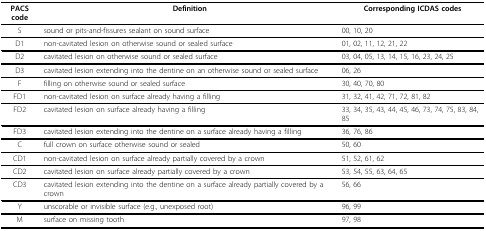
<table><thead><tr><td><b>PACS code</b></td><td><b>Definition</b></td><td><b>Corresponding ICDAS codes</b></td></tr></thead><tbody><tr><td>S</td><td>sound or pits-and-fissures sealant on sound surface</td><td>00, 10, 20</td></tr><tr><td>D1</td><td>non-cavitated lesion on otherwise sound or sealed surface</td><td>01, 02, 11, 12, 21, 22</td></tr><tr><td>D2</td><td>cavitated lesion on otherwise sound or sealed surface</td><td>03, 04, 05, 13, 14, 15, 16, 23, 24, 25</td></tr><tr><td>D3</td><td>cavitated lesion extending into the dentine on an otherwise sound or sealed surface</td><td>06, 26</td></tr><tr><td>F</td><td>filling on otherwise sound or sealed surface</td><td>30, 40, 70, 80</td></tr><tr><td>FD1</td><td>non-cavitated lesion on surface already having a filling</td><td>31, 32, 41, 42, 71, 72, 81, 82</td></tr><tr><td>FD2</td><td>cavitated lesion on surface already having a filling</td><td>33, 34, 35, 43, 44, 45, 46, 73, 74, 75, 83, 84, 85</td></tr><tr><td>FD3</td><td>cavitated lesion extending into the dentine on a surface already having a filling</td><td>36, 76, 86</td></tr><tr><td>C</td><td>full crown on surface otherwise sound or sealed</td><td>50, 60</td></tr><tr><td>CD1</td><td>non-cavitated lesion on surface already partially covered by a crown</td><td>51, 52, 61, 62</td></tr><tr><td>CD2</td><td>cavitated lesion on surface already partially covered by a crown</td><td>53, 54, 55, 63, 64, 65</td></tr><tr><td>CD3</td><td>cavitated lesion extending into the dentine on a surface already partially covered by a crown</td><td>56, 66</td></tr><tr><td>Y</td><td>unscorable or invisible surface (e.g., unexposed root)</td><td>96, 99</td></tr><tr><td>M</td><td>surface on missing tooth</td><td>97, 98</td></tr></tbody></table>